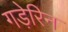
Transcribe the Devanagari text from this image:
गड़ेरिन